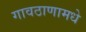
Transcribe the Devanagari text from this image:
गावठाणामधे